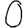
Digit: 0